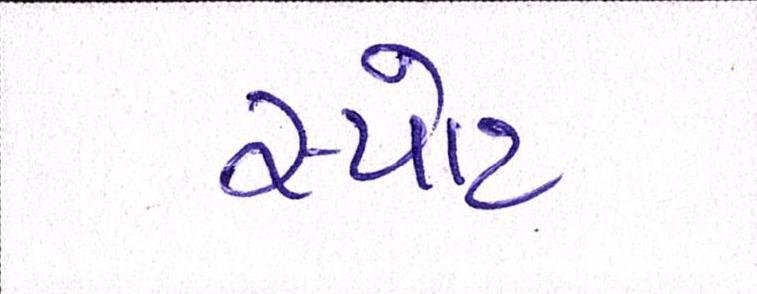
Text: સ્પોટ